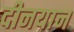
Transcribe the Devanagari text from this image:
दीनयान